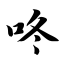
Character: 咚